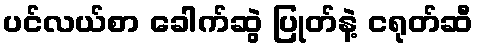
ပင်လယ်စာ ခေါက်ဆွဲ ပြုတ်နဲ့ ငရုတ်ဆီ